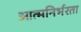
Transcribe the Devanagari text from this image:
आत्‍मनिर्भरता